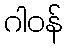
ဂါဝန်